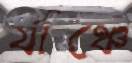
র‍্যাঞ্চে